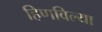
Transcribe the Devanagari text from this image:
हिणविल्या